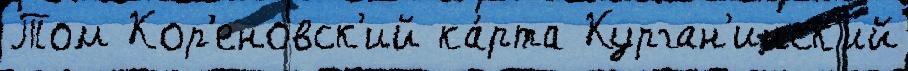
Том Кор'еновск'ий ка́рта Курган'инск'ий